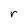
Character: r